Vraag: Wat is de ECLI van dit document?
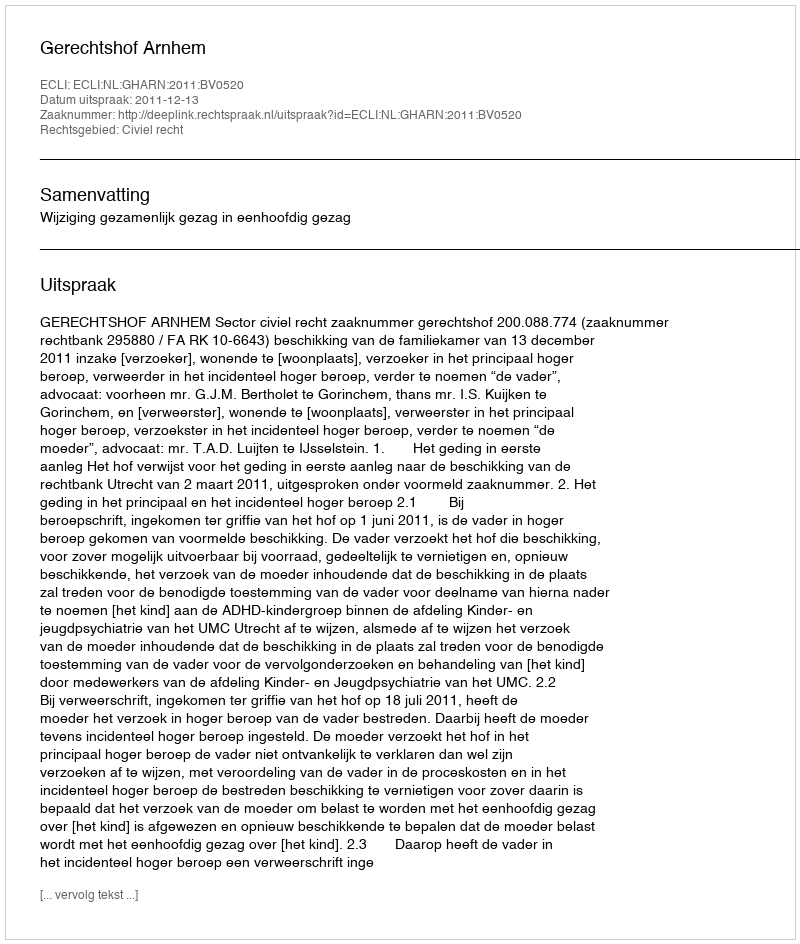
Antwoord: ECLI:NL:GHARN:2011:BV0520